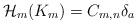
\begin{align*} \begin{aligned} \mathcal{H}_m(K_m)=C_{m,n}\delta _a\end{aligned} \end{align*}